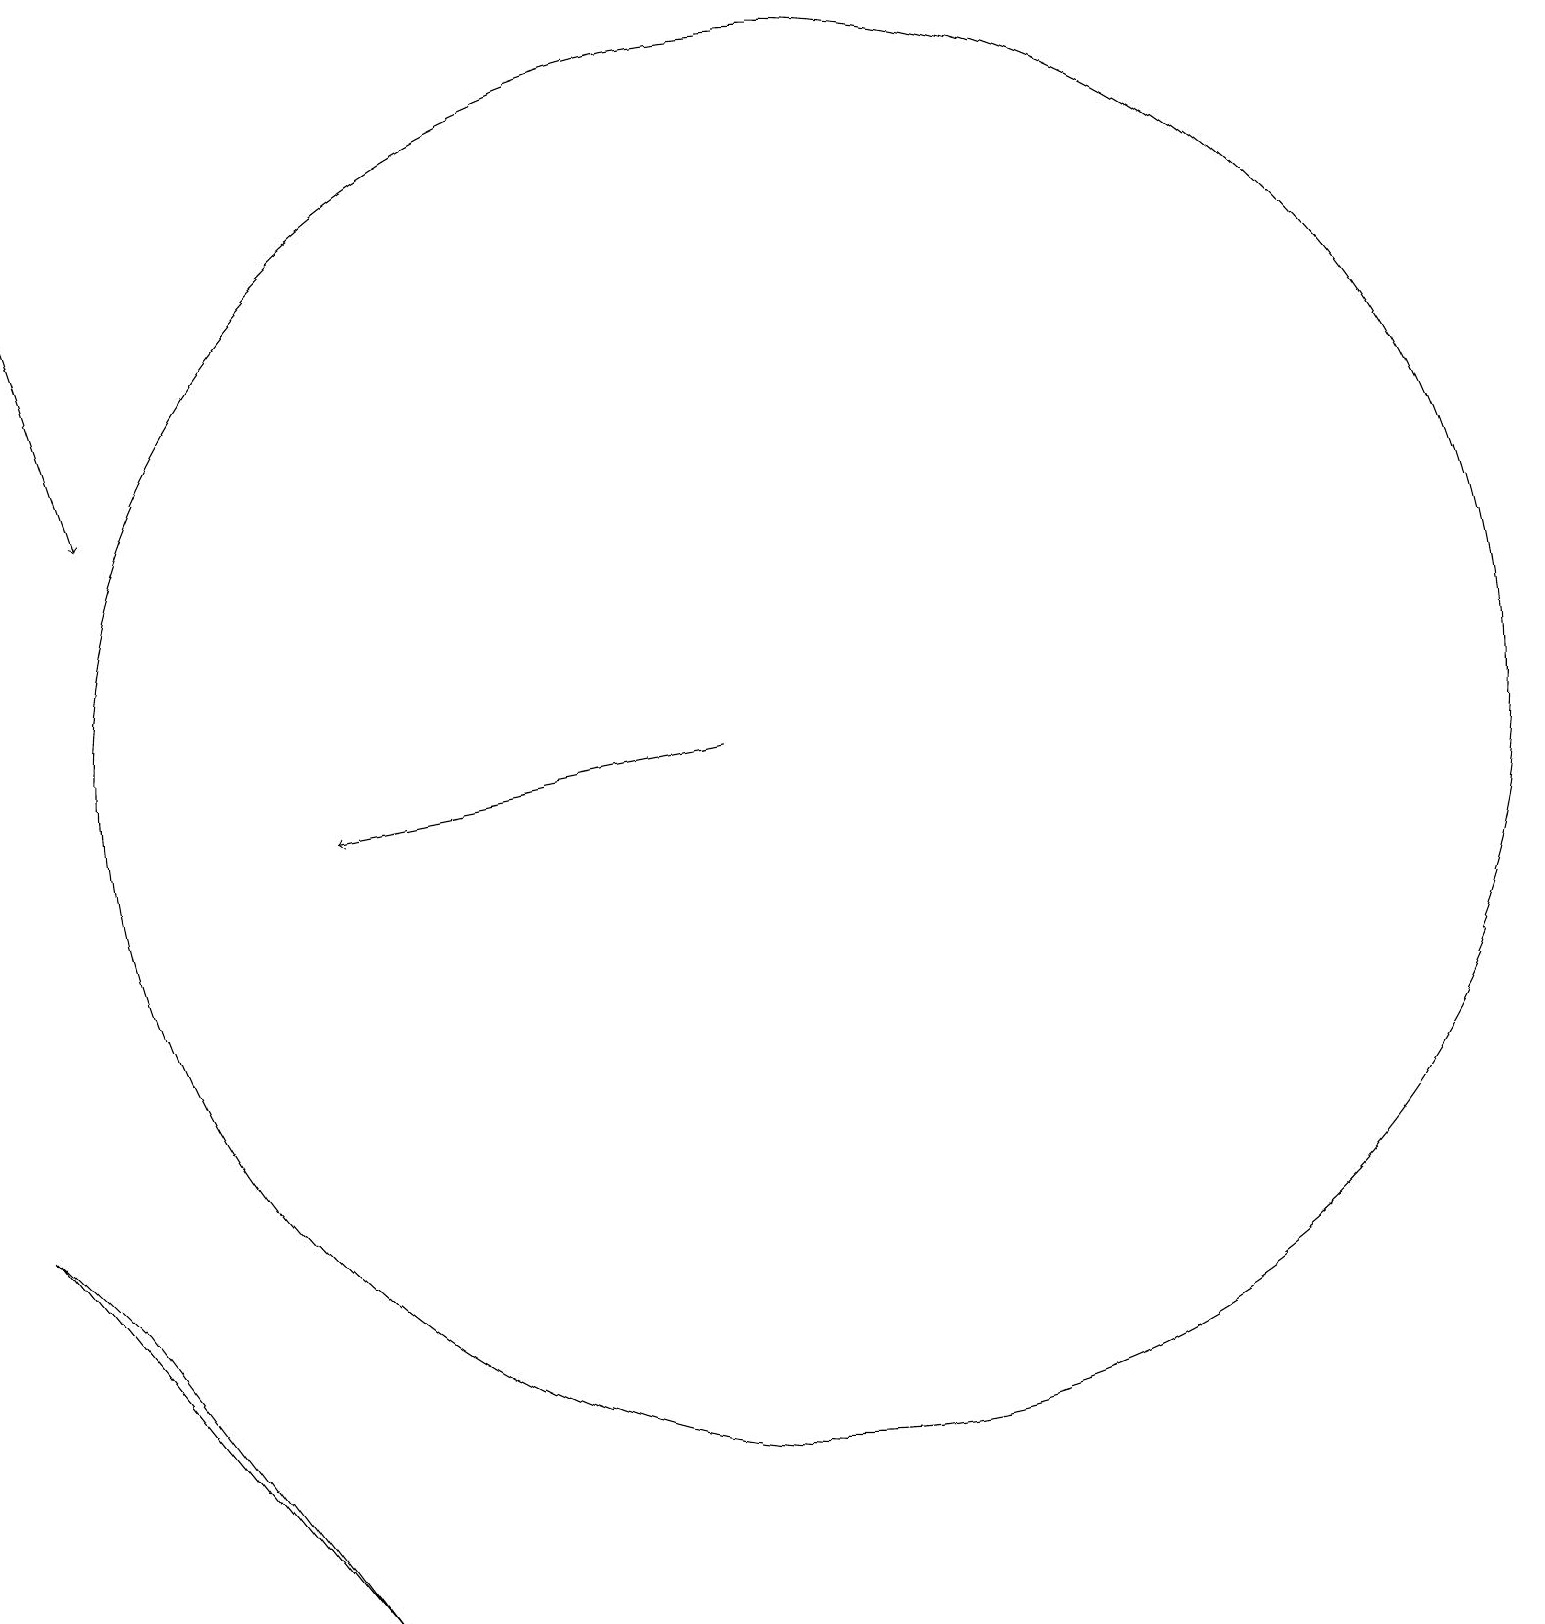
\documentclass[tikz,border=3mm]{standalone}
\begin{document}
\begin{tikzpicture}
\draw[->] (0,17) -- (1,14);
\draw (10,11) circle (9);
\draw (4,0) -- (1,4) -- (0,5) -- cycle;
\draw[->] (9,11) -- (4,10);
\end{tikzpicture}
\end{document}